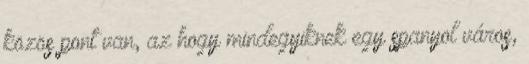
közös pont van, az hogy mindegyiknek egy spanyol város,